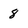
Character: 8